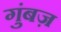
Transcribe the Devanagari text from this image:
गुंबज़